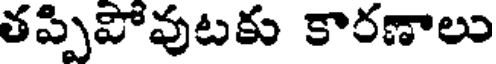
తప్పిపోవుటకు కారణాలు